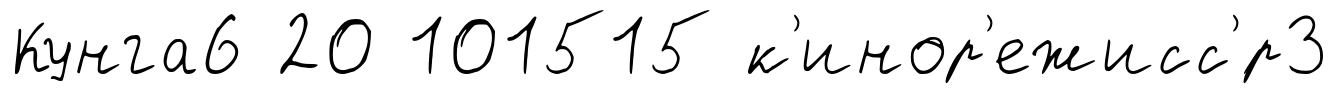
Кунга6 20 101515 к'инор'ежисс'́р3